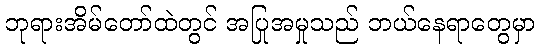
ဘုရားအိမ်တော်ထဲတွင် အပြုအမှုသည် ဘယ်နေရာတွေမှာ